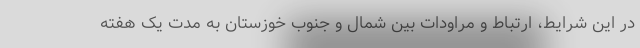
در این شرایط، ارتباط و مراودات بین شمال و جنوب خوزستان به مدت یک هفته